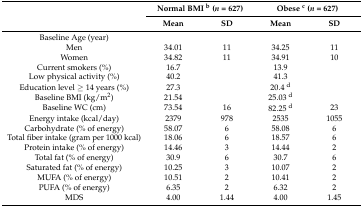
| <ROWSPAN=2>  | <COLSPAN=2> Normal BMI b (n = 627) | <COLSPAN=2> Obese c (n = 627) |
 | Mean | SD | Mean | SD |
 | --- | --- | --- | --- | --- |
 | Baseline Age (year) |  |  |  |  |
 | Men | 34.01 | 11 | 34.25 | 11 |
 | Women | 34.82 | 11 | 34.91 | 10 |
 | Current smokers (%) | 16.7 |  | 13.9 |  |
 | Low physical activity (%) | 40.2 |  | 41.3 |  |
 | Education level ≥ 14 years (%) | 27.3 |  | 20.4 d |  |
 | Baseline BMI (kg/m2) | 21.54 |  | 25.03 d |  |
 | Baseline WC (cm) | 73.54 | 16 | 82.25 d | 23 |
 | Energy intake (kcal/day) | 2379 | 978 | 2535 | 1055 |
 | Carbohydrate (% of energy) | 58.07 | 6 | 58.08 | 6 |
 | Total fiber intake (gram per 1000 kcal) | 18.06 | 6 | 18.57 | 6 |
 | Protein intake (% of energy) | 14.46 | 3 | 14.44 | 2 |
 | Total fat (% of energy) | 30.9 | 6 | 30.7 | 6 |
 | Saturated fat (% of energy) | 10.25 | 3 | 10.07 | 2 |
 | MUFA (% of energy) | 10.51 | 2 | 10.41 | 2 |
 | PUFA (% of energy) | 6.35 | 2 | 6.32 | 2 |
 | MDS | 4.00 | 1.44 | 4.00 | 1.45 |